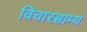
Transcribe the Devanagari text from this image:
विचारसाम्य